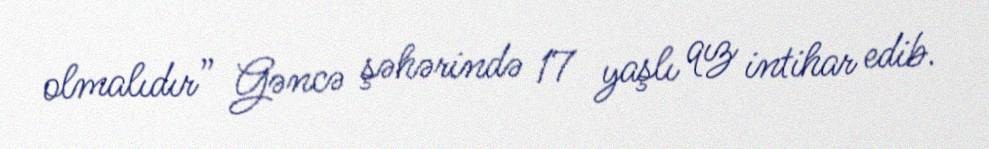
olmalıdır” Gəncə şəhərində 17 yaşlı qız intihar edib.